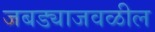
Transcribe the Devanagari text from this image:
जबड्याजवळील